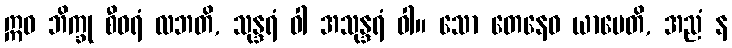
ဣဓ ဘိက္ခု စီဝရံ လဘတိ, သုန္ဒရံ ဝါ အသုန္ဒရံ ဝါ။ သော တေနေဝ ယာပေတိ, အညံ န